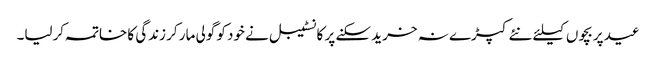
عید پر بچوں کیلئے نئے کپڑے نہ خرید سکنے پر کانسٹیبل نے خود کو گولی مار کر زندگی کا خاتمہ کرلیا۔